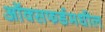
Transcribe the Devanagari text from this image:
ऑक्सफर्डमधील